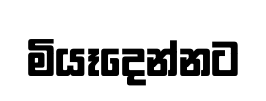
මියෑදෙන්නට